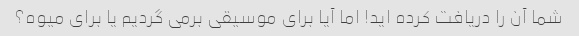
شما آن را دریافت کرده اید! اما آیا برای موسیقی برمی گردیم یا برای میوه؟